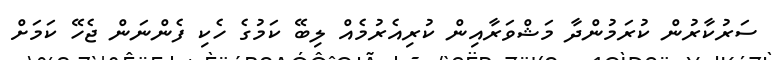
ސަރުކާރުން ކުރަމުންދާ މަޝްވަރާއިން ކުރިއެރުމެއް ލިބޭ ކަމުގެ ހެކި ފެންނަން ޖެހޭ ކަމަށް